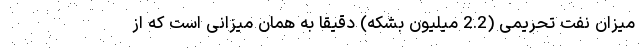
میزان نفت تحریمی (2.2 میلیون بشکه) دقیقا به همان میزانی است که از